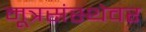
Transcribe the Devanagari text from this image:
मूत्रसंस्थेवर